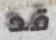
قد